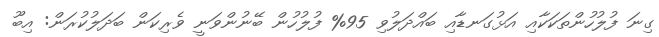
ގިނަ ފުލުހުންތަކަކާއި އަޅުގަނޑާއި ބައްދަލުވި 95% ފުލުހުން ބޭނުންވަނީ ވެރިކަން ބަދަލުކުރަން: އިބޫ